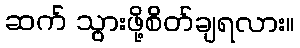
ဆက် သွားဖို့စိတ်ချရလား။